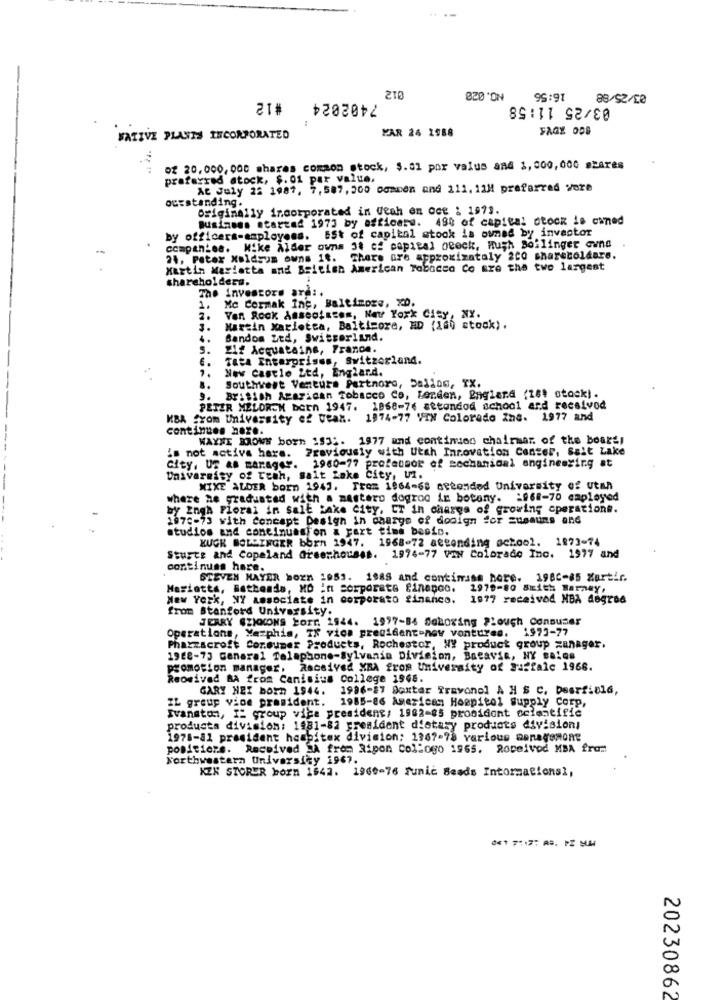
7402024 #12
210
820 'ON
95:97
03/25 11:58
KAR 24 1988
FAGY 008
NATIVE PLANTS INCORPORATED
of 20,000, 000 shares common stock, $.01 por valus and 1,000,000 stares
preferred stock, $. 01 par value,
At July 22 1987, 7,587, 500 commen and 111, 12M preferred vore
outstanding.
Originally incorporated in deah en Oce : 1973.
Business started 1973 by officers. 48% of capital dock is owned
by officers-employees. ESt of capital stook is owned by investor
companies. Mike Alder owns 31 cf capital beeck, Hugh Boilinger cune
24, Peter Moldsum owns it. There are approximately 200 sharecoldare.
Martin Marietta and British American Tobacco Co Bre the two largest
shareholders.
The investors are: .
1.
Mc Cormak Inc, Baltimore, XD.
Von Rock Associates, New York City, NY.
3.
Martin Marietta, Baltimore, MD (160 stock).
4.
Bandos Ltd, Swisserland.
5.
Eif Acquatains, France.
6.
Tata Enterprises, Switzerland.
New Castle Ltd, Englar.d.
B.
Southwest Ventura Partnord, Dallas, TX.
9. British Azarican Tobacco Co, London, England (181 stock).
PETER MELDROM DOEn 1947. 1968-76 sttondod school and recsivod
KBA CYom University ef teak. 1974-77 VIN Colorado Ine. 1977 and
continues hare.
WAYNE MOWE born 1931. 1977 and continued chairman of the board!
is not active hars. Previously with Utah Innovation Center, Salt Lake
City, UT as manager. 1960-77 professor of mechanical engineering at
University of resh, salt Lake City, Un.
MIXE ALDER born 1947. From 1964-68 attended University of Utah
where he graduated with a mastero dogrod in botany. : 968-70 employed
by Ingh Floral in salt Lake City, ET in charge of growing operations.
1970-73 with Concept Design in charge of dooign for =usauns and
studios and continuast'on a part time besio.
KUCK BOLLINGER born 1947. 1968-72 attending school. 1873-74
Sturte and Copeland Greenhouses. 1974-77 vow Colorado Inc. 1977 and
continues hare.
STEVEN MAYAR born 1953. 1988 and contimiss hore. 1980-85 Xartir.
Marietta, Batheads, MD In corporate finance. 1979-80 Smith Barney,
New York, NY associate in corporato financo.
1977 received MBA degree
from Stanford University.
JEARY @ZIOCONS Forr. 1944. 1997-84 Sologing Plough Consumer
Operations, Mezphis, 7X vice president-new vontures. 1973-77
Pharzacroft Consumer Products, Rochestor, WY product group zanager.
1968-73 Genaral Telaphone-Sylvania Division, Batavia, HY Balos
promotion manager, Received XBA from University of Juffalc 1966.
Reosivad BA from Canisius College 1948.
GARY NEI born 1944. 1996-87 Soxtar Travonel A H $ C. Deerfield,
IL group vice president. 1985-86 American Hoepito1 Supply Corp,
Ivanaton, I. group vice president, 1962-65 procident scientific
products division: 1981-82 president dietary products division;
1978-81 president haspitex division: 1367-78 various nonegemone
positione. Received SA from Ripon Collogo 1965. Ropeivod MBA fram
Northwestern University 1967.
KZK STORER born 1842. 1969-76 runic Beads Intormations1,
20230862